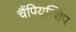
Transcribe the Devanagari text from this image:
चैंपियन्शिप